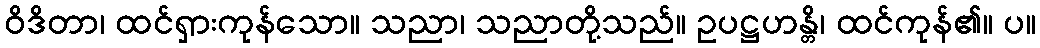
ဝိဒိတာ၊ ထင်ရှားကုန်သော။ သညာ၊ သညာတို့သည်။ ဥပဋ္ဌဟန္တိ၊ ထင်ကုန်၏။ ပ။